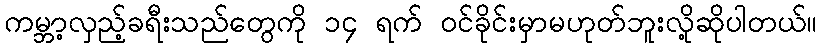
ကမ္ဘာ့လှည့်ခရီးသည်တွေကို ၁၄ ရက် ဝင်ခိုင်းမှာမဟုတ်ဘူးလို့ဆိုပါတယ်။